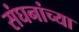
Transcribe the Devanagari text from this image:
संघनांच्या